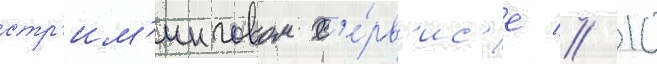
стр'им'инговом с'е́рв'ис'е // 10